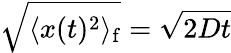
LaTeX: \sqrt{\langle x(t)^{2}\rangle_{\mathrm{f}}}=\sqrt{2Dt}